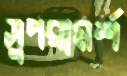
সুপরামর্শ